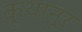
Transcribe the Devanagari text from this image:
कूथानूर